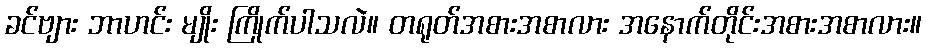
ခင်ဗျား ဘာဟင်း မျိုး ကြိုက်ပါသလဲ။ တရုတ်အစားအစာလား အနောက်တိုင်းအစားအစာလား။